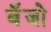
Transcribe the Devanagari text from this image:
बॅँजो